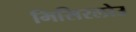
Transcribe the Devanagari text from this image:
मिसिरलोउ